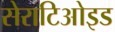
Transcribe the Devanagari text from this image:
सेराटिओइड